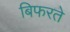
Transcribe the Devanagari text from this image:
बिफरते